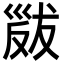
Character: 𢀁